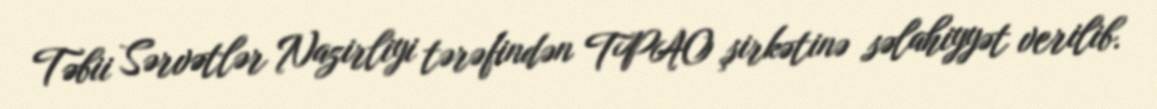
Təbii Sərvətlər Nazirliyi tərəfindən TPAO şirkətinə səlahiyyət verilib.